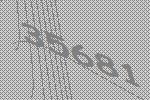
35681